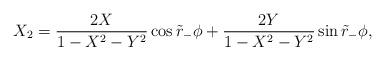
LaTeX: \begin{align*}X_2 = {2 X \over 1-X^2-Y^2 }\cos \tilde r_- \phi + {2 Y \over 1-X^2-Y^2 } \sin \tilde r_- \phi,\end{align*}